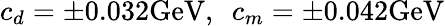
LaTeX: c_{d}=\pm 0.032\mathrm{GeV},\enspace c_{m}=\pm 0.042\mathrm{GeV}